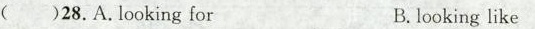
( )28.A.Looking for B.looking like